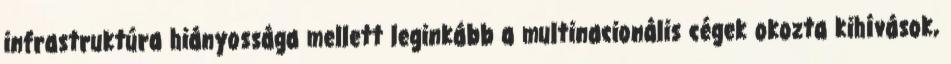
infrastruktúra hiányossága mellett leginkább a multinacionális cégek okozta kihívások,